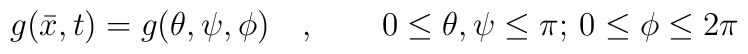
g (\bar{x},t) = g (\theta,\psi,\phi)\quad,\qquad 0\leq \theta ,\psi\leq\pi;\,0\leq \phi \leq 2\pi